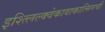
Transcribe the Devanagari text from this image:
इश्त्लिल्क्वेकावाकात्सिनची